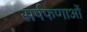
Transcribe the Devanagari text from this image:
सर्पफणाओं